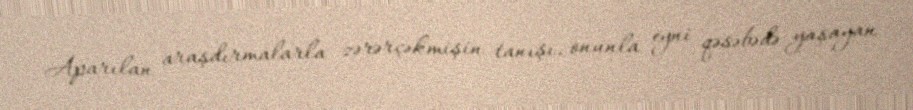
Aparılan araşdırmalarla zərərçəkmişin tanışı, onunla eyni qəsəbədə yaşayan